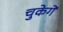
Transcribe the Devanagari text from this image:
चुकेगें